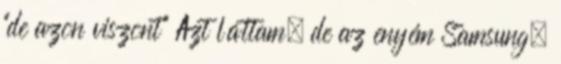
"de azon viszont" Azt láttam, de az enyém Samsung.